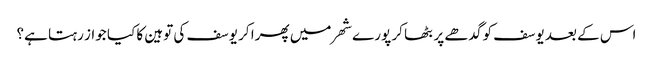
اس کے بعد یوسف کو گدھے پر بٹھا کر پورے شھر میں پھرا کر یوسف کی توہین کا کیا جواز رہتا ہے؟